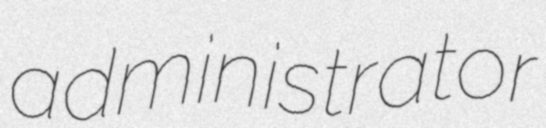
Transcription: administrator